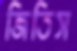
জিতিস